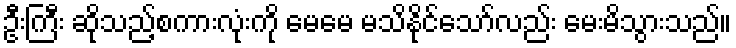
ဦးကြီး ဆိုသည့်စကားလုံးကို မေမေ မသိနိုင်သော်လည်း မေးမိသွားသည်။